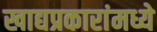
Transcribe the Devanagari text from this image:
खाद्यप्रकारांमध्ये